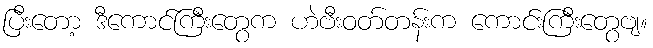
ပြီးတော့ ဒီကောင်ကြီးတွေက ဟဲဗီးဝတ်တန်းက ကောင်းကြီးတွေဗျ။